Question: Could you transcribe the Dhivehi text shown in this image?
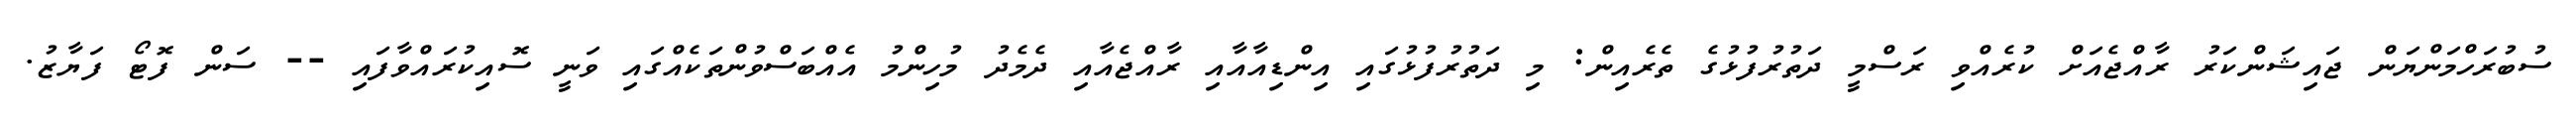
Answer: ސުބުރަހްމަންޔަން ޖައިޝަންކަރު ރާއްޖެއަށް ކުރެއްވި ރަސްމީ ދަތުރުފުޅުގެ ތެރެއިން: މި ދަތުރުފުޅުގައި އިންޑިއާއާއި ރާއްޖެއާއި ދެމެދު މުހިންމު އެއްބަސްވުންތަކެއްގައި ވަނީ ސޮއިކުރައްވާފައި -- ސަން ފޮޓޯ ފަޔާޒު.